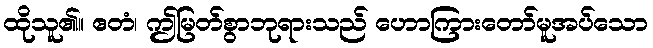
ထိုသူ၏။ ဧတံ၊ ဤမြတ်စွာဘုရားသည် ဟောကြားတော်မူအပ်သော